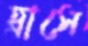
হ্রাসে